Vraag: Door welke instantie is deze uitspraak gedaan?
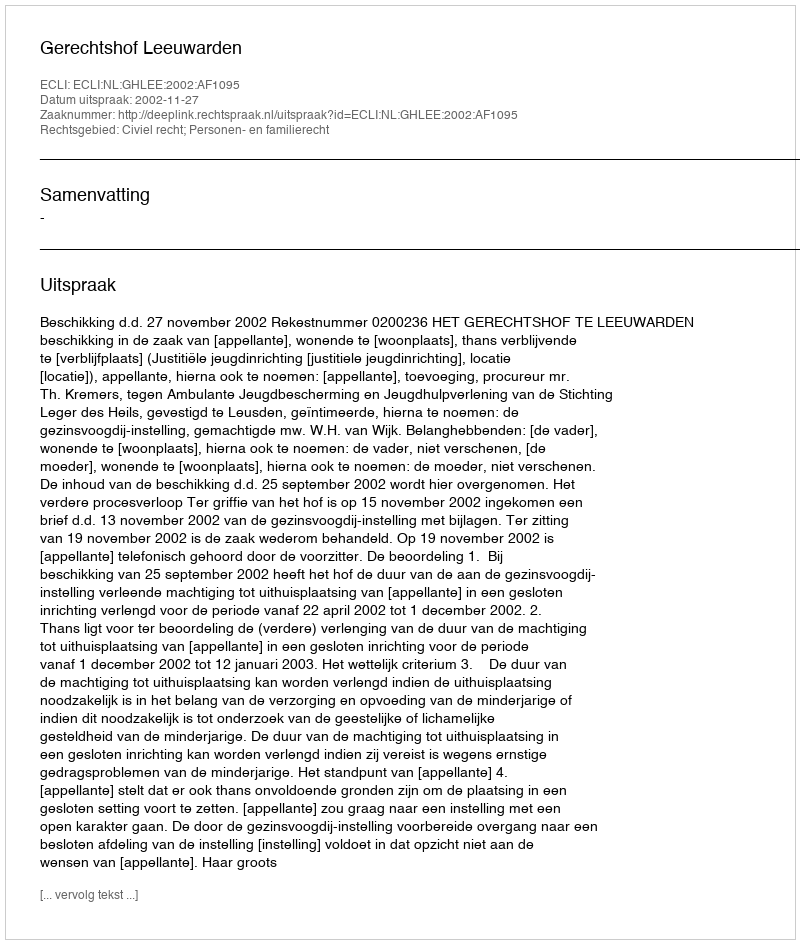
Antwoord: Gerechtshof Leeuwarden